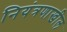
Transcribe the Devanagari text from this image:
नियंत्रणाखील